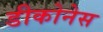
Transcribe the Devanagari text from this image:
डीकोनेस